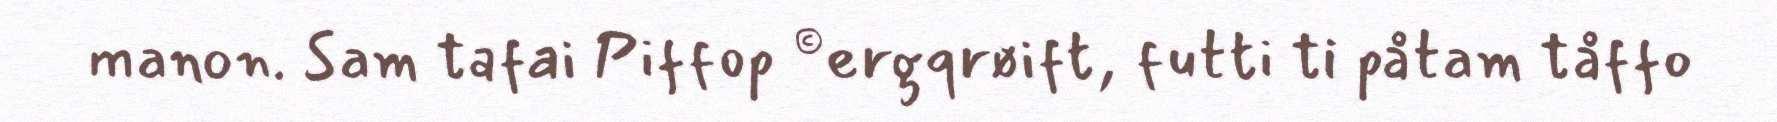
manon. Sam tafai Piffop ©ergqrøift, futti ti påtam tåffo